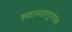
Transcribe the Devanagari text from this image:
श्यानतागुणाक